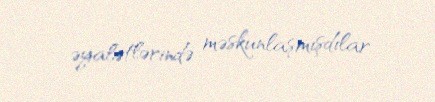
əyalətlərində məskunlaşmışdılar.